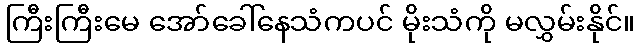
ကြီးကြီးမေ အော်ခေါ်နေသံကပင် မိုးသံကို မလွှမ်းနိုင်။